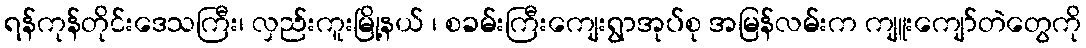
ရန်ကုန်တိုင်းဒေသကြီး၊ လှည်းကူးမြို့နယ် ၊ စခမ်းကြီးကျေးရွာအုပ်စု အမြန်လမ်းက ကျူးကျော်တဲတွေကို